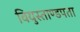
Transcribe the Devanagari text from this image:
वियुस्ताण्डपता